Vaccine operations Central Provinces 1886-1899 - 1886-1899
Year: 1886
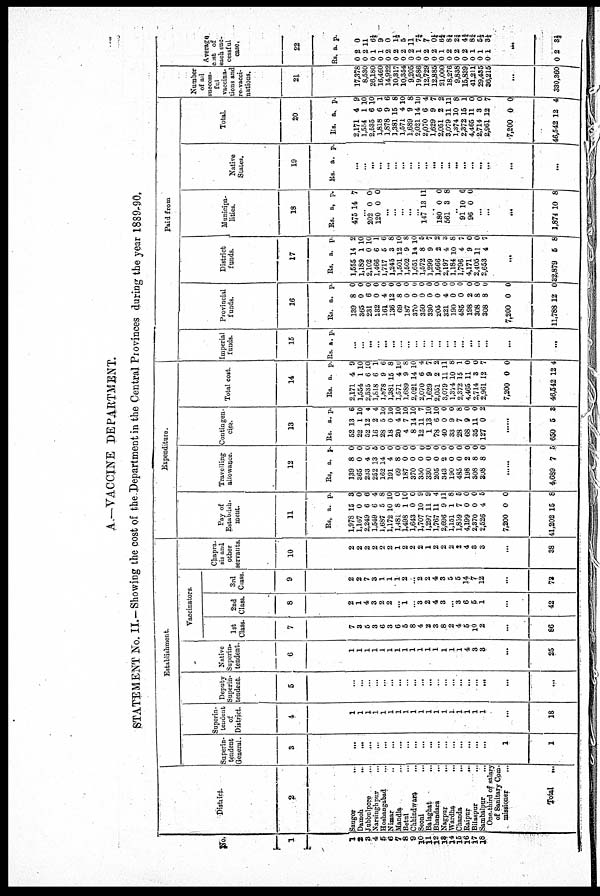
A.—VACCINE DEPARTMENT.
STATEMENT No. II.—Showing the cost of the Department in the Central Provinces during the year 1889-90.
No.
1
1
2
3
4
5
6
7 8
9
10
11 12
13 14
15
16
17
18
District.
2
Saugor
...
Damoh
...
Jubbulpore ...
Narsinghpur
...
Hoshangabad
...
Nimar ...
Mandla ...
Betul ...
Chhindwara ...
Seoni ...
Balaghat ...
Bhandara ...
Nagpnr
...
Wardha ...
Chanda
...
Raipur
...
Bilaspur
...
Sambalpur ...
One third of salary
of Sanitary Com-
missioner
...
Total ...
Establishment.
Superin-
tendent
General.
3
...
...
...
...
...
...
...
...
...
...
...
...
...
...
...
...
...
...
1
1
Superin-
tendent
of
District.
4
1
1
1
1
1
1
1
1
1
1
1
1
1
1
1
1
1
1
...
18
Deputy
Superin-
tendent.
5
...
...
...
...
...
...
...
...
...
...
...
...
...
...
...
...
...
...
...
...
Native
Superin.
tendent.
6
1
1
1
1
1
1
1
1
1
1
1
1
1
1
1
4
3
3
...
25
Vaccinators.
1st
Class.
7
7
3
5
3
6
3
6
5
8
4
2
3
8
2
4
5
10
2
...
86
2nd
Class.
8
2
1
4
3
2
2
...
1
...
3
2
4
3
...
3
6
5
1
...
42
3rd
Class.
9
2
2
7
3
1
1
1
2
...
2
2
4
3
5
5
14
7
12
...
73
Chapra-
sis and
other
servants.
10
2
2
2
2
2
2
1
2
2
2
1
2
2
2
2
4
3
3
...
38
Expenditure.
Pay of
Establish-
ment.
11
Rs.
1,978
1,167
2,249
1,549
1,687
1,172
1,481
1,498
1,643
1,707
1,297
1,767
2,696
1,151
1,859
4,199
2,370
2,526
7,200
41,202
a.
15
0
6
6
5
10
8
1
0
10
11
11
9
1
7
0
0
4
0
15
p.
3
0
6
4
8
10
0
10
0
9
9
4
11
8
5
0
0
5
0
8
Travelling
allowance.
12
Rs.
139
365
233
252
162
101
69
187
370
350
330
205
343
190
485
198
308
308
a.
8
0
4
13
14
4
8
0
0
0
0
0
2
0
0
2
8
8
p.
0
0
0
5
0
0
0
0
0
0
0
0
0
0
0
0
0
0
4,689 7 5
Contingen-
cies.
13
Rs.
52
22
52
16
28
18
20
4
8
12
1
78
40
33
28
68
35
127
a.
13
1
12
2
5
0
4
7
14
11
13
6
0
9
7
9
11
0
p.
6
10
4
4
10
10
10
10
10
7
10
10
0
0
8
0
0
2
......
650 6 3
Total cost.
14
Rs.
2,171
1,554
2,535
1,818
1,878
1,381
1,571
1,689
2,021
2,070
1,629
2,051
3,079
1,874
2,372
4,465
2,714
2,961
7,200
46,542
a.
4
1
6
6
9
15
4
9
14
6
9
2
11
10
15
11
3
12
0
12
p.
9
10
10
1
6
8
10
8
10
4
7
2
11
8
1
0
0
7
0
4
Paid from
Imperial
funds.
15
Rs. a. p.
...
...
...
...
...
...
...
...
...
...
...
...
...
...
...
...
...
...
...
...
Provincial
funds.
16
Rs.
139
365
231
232
161
136
69
187
370
350
330
205
321
190
485
198
308
308
7,200
11,788
a.
8
0
6
0
4
12
8
0
0
0
0
0
4
0
0
2
8
8
0
12
p.
0
0
0
0
0
0
0
0
0
0
0
0
0
0
0
0
0
0
0
0
District
funds.
17
Rs.
1,555
1,189
2,102
1,466
1,717
1,245
1,501
1,502
1,651
1,572
1,299
1,666
2,197
1,184
1,796
4,171
2,405
2,653
a.
14
1
0
6
5
3
12
9
14
8
9
2
4
10
4
9
11
4
p.
2
10
10
1
6
8
10
8
10
5
7
2
3
8
7
0
0
7
...
32,879 5 8
Municipa-
lities.
18
Rs.
475
a.
14
p.
7
...
202
120
0
0
0
0
...
...
...
...
...
147 13 11
...
180
561
0
3
0
8
...
91
96
10
0
6
0
...
...
...
1,874 10 8
Native
States.
19
Rs. a. p.
...
...
...
...
...
...
...
...
...
...
...
...
...
...
...
...
...
...
...
...
Total.
20
Rs.
2,171
1,554
2,535
1,818
1,878
1,381
1,571
1,689
2,021
2,070
1,629
2,051
3,079
1,374
2,372
4,465
2,714
2,961
7,200
46,542
a.
4
1
6
6
9
15
4
9
14
6
9
2
11
10
15
11
3
12
0
12
p.
9
10
10
1
6
8
10
8
10
4
7
2
11
8
1
0
0
7
0
4
Number
of all
success-
ful
vaccina-
tions and
re-vacci-
nations.
21
17,378
8,530
26,180
16,460
14,922
10,317
10,354
9,205
19,586
12,729
12,885
21,000
18,276
9,838
15,839
41,211
29,435
36,215
...
330,360
Average
cost of
each suc-
cessful
case.
22
Rs.
0
0
0
0
0
0
0
0
0
0
0
0
0
0
0
0
0
0
a.
2
2
1
1
2
2
2
2
1
2
2
1
2
2
2
1
1
1
p.
0
11
6¼
9
0
1½
5
11
7¾ 7 0½
6¼
8¼
2¾
4¾ 8¾
5½
3½
...
0 2 3½